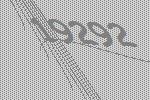
19292